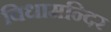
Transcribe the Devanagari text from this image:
विधामन्दिर